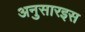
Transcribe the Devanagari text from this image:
अनुसारइस